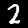
Digit: 2